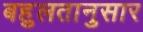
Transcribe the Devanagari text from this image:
बहुलतानुसार